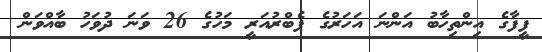
ފީފާގެ އިންތިހާބު އަންނަ އަހަރުގެ ފެބްރުއަރީ މަހުގެ 26 ވަނަ ދުވަހު ބާއްވަން